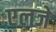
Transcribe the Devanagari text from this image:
एलजे